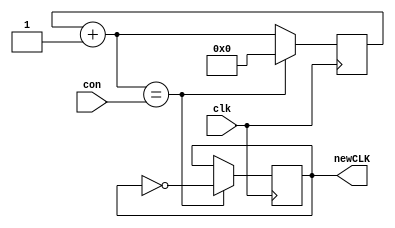
module DivFreq(clk, newCLK, con);
//Entra el clk de 50 Mhz de la FPGA
input clk;
//Se ingresa el valor maximo del contador dependiendo de la frecuencia que se busca
//Se calcula de la forma con=50Mhz/(2*frecuencia nueva)
input [28:0]con;
//Salida de la nueva frecuencia
output reg newCLK = 0;

reg [28:0] contador = 0;

always @(posedge clk) begin
	//Cuenta hasta el valor de con
	contador = contador + 1'b1;
	if(contador== con) begin
	//Se reinicia el contador y se niega el valor del nuevo clock
	contador = 0;
	newCLK=!newCLK;
	end
end
endmodule